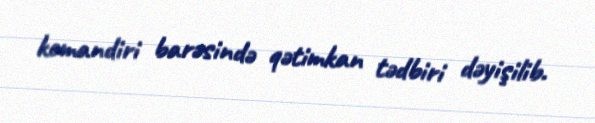
komandiri barəsində qətimkan tədbiri dəyişilib.